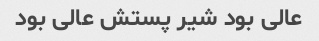
عالی بود شیر پستش عالی بود